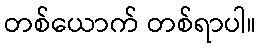
တစ်ယောက် တစ်ရာပါ။